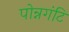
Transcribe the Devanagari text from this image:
पोन्नगंटि